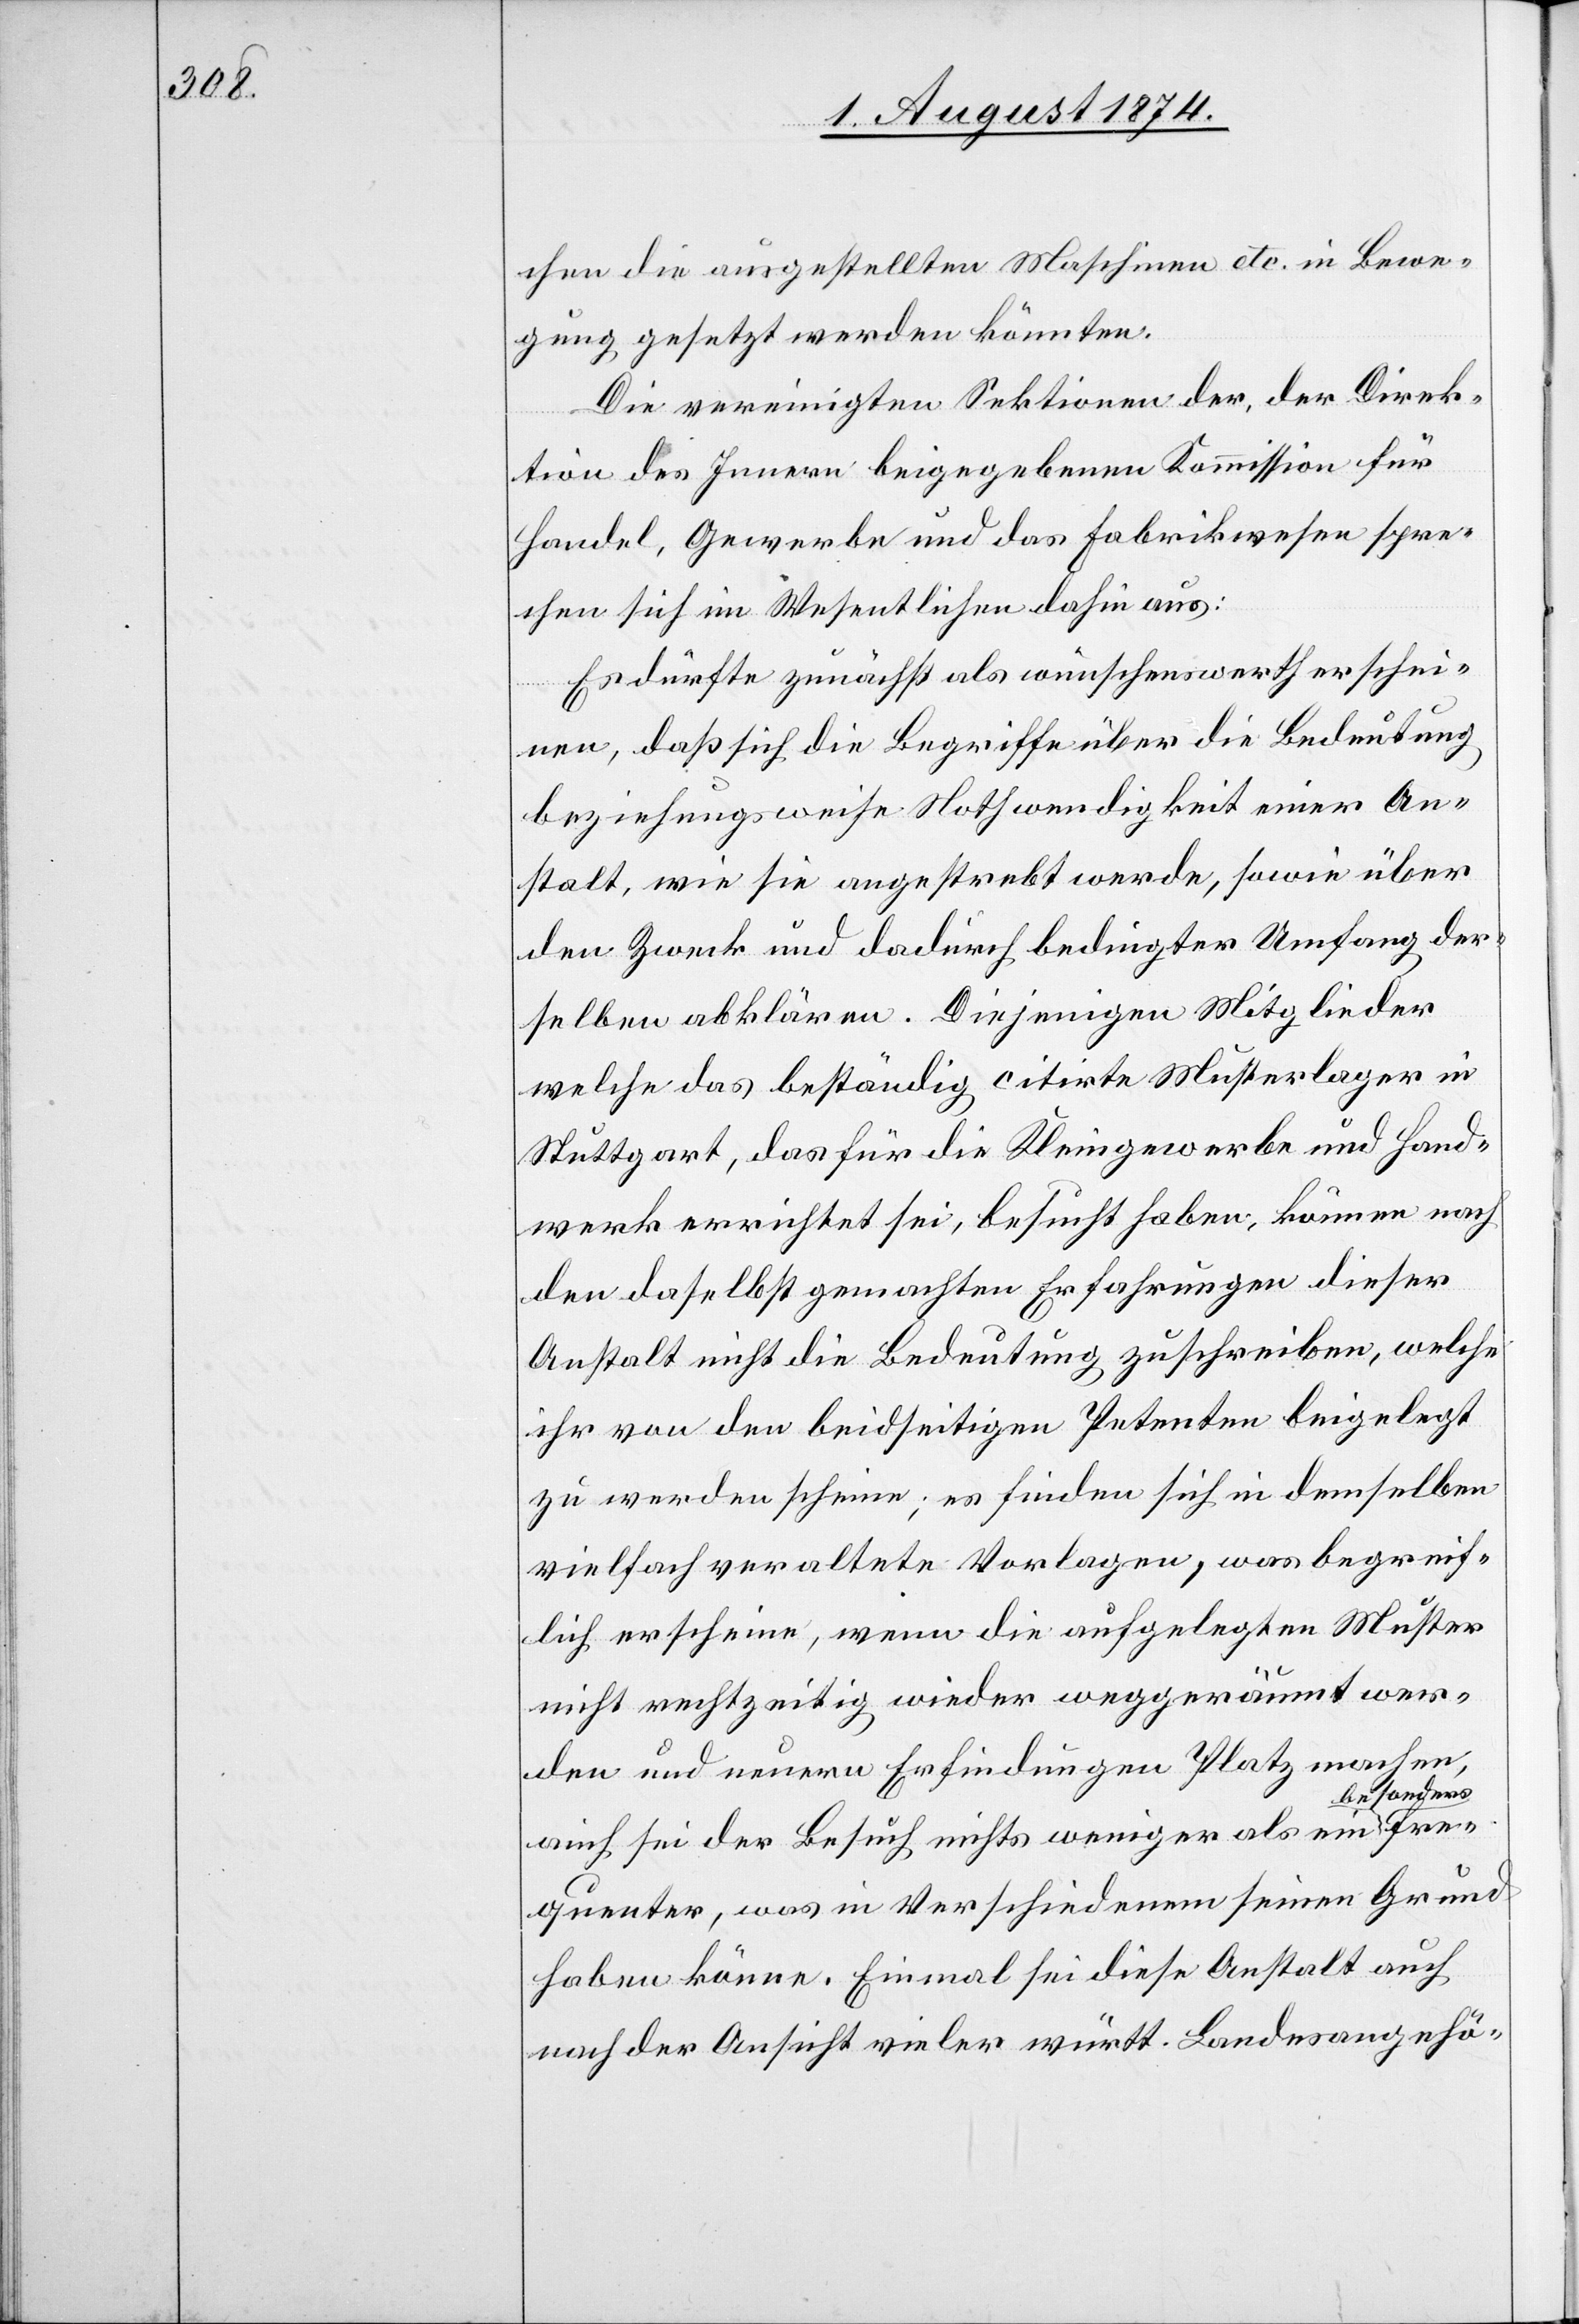
chen die ausgestellten Maschinen etc. in Bewe¬
gung gesetzt werden könnten.
Die vereinigten Sektionen der, der Direk¬
tion des Innern beigegebenen Kommission für
Handel, Gewerbe und das Fabrikwesen spre¬
chen sich im Wesentlichen dahin aus:
Es dürfte zunächst als wünschenswerth erschei¬
nen, daß sich die Begriffe über die Bedeutung
beziehungsweise Nothwendigkeit einer An¬
stalt, wie sie angestrebt werde, sowie über
den Zweck und dadurch bedingten Umfang der¬
selben abklären. Diejenigen Mitglieder
welche das beständig citirte Musterlager in
Stuttgart, das für die Kleingewerbe und Hand¬
werk errichtet sei, besucht haben, können nach
den daselbst gemachten Erfahrungen dieser
Anstalt nicht die Bedeutung zuschreiben, welche
ihr von den beidseitigen Petenten beigelegt
zu werden scheine; es finden sich in demselben
vielfach veraltete Vorlagen, was begreif¬
lich erscheine, wenn die aufgelegten Muster
nicht rechtzeitig wieder weggeräumt wer¬
den und neuern Erfindungen Platz machen,
sonders
auch sei der Besuch nichts weniger als ein be¬
frequenter, was in Verschiedenem seinen Grund
haben könne. Einmal sei diese Anstalt auch
nach der Ansicht vieler württ. Landesangehö-